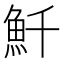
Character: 𩵞